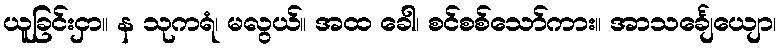
ယူခြင်းငှာ။ န သုကရံ၊ မလွယ်။ အထ ခေါ၊ စင်စစ်သော်ကား။ အာသင်္ချေယျော၊